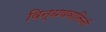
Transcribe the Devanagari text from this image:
विन्धयवासिनी